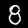
Digit: 8